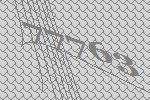
77763